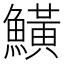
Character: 鱑